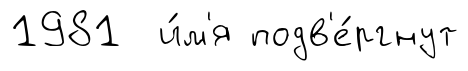
1981 и́м'я подв'е́ргнут